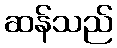
ဆန်သည်